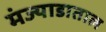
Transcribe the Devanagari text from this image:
मंज्याडाताल